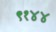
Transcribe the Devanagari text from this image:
९१४४